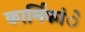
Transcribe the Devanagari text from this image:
कार्मिकांे